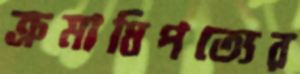
ক্রমাধিপত্যের